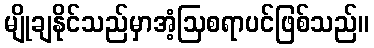
မျိုချနိုင်သည်မှာအံ့ဩစရာပင်ဖြစ်သည်။